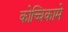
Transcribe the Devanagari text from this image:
कोच्चिकामे